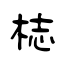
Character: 梽